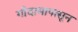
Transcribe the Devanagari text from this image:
गोदामापासून